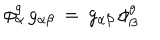
\phi _ { \alpha } ^ { g } \, g _ { \alpha \beta } \: = \: g _ { \alpha \beta } \, \phi _ { \beta } ^ { g }